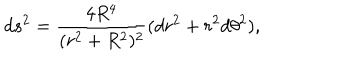
LaTeX: d s ^ { 2 } = { \frac { 4 R ^ { 4 } } { ( r ^ { 2 } + R ^ { 2 } ) ^ { 2 } } } ( d r ^ { 2 } + r ^ { 2 } d \theta ^ { 2 } ) ,